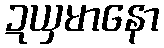
ဍယှမာနော